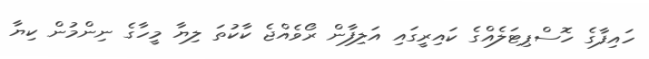
ހައިފާގެ ހޮސްޕިޓަލެއްގެ ކައިރީގައި އަލިފާން ރޯވެއްޖެ ކާކުތަ ލިޔާ މީހާގެ ނިންމުން ކިޔާ